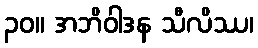
၃၀။ အဘိဝါဒန သီလိဿ၊